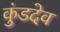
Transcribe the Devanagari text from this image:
कुंडदेव